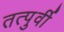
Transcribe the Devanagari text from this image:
तत्पुर्वी